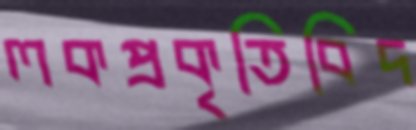
লকপ্রকৃতিবিদ